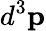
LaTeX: d^{3}{\mathbf{p}}